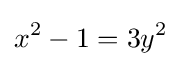
x^{2}-1=3y^{2}